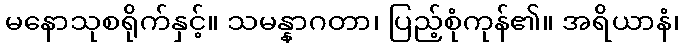
မနောသုစရိုက်နှင့်။ သမန္နာဂတာ၊ ပြည့်စုံကုန်၏။ အရိယာနံ၊